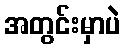
အတွင်းမှာပဲ